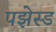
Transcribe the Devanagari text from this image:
पझेस्ड